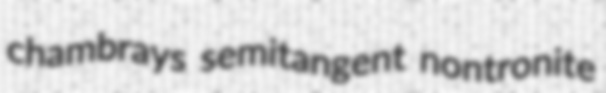
chambrays semitangent nontronite